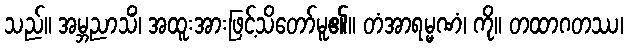
သည်။ အမ္ဘညာသိံ၊ အထူးအားဖြင့်သိတော်မူ၏။ တံအာရမ္မဏံ၊ ကို။ တထာဂတဿ၊